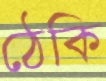
ঠেকি